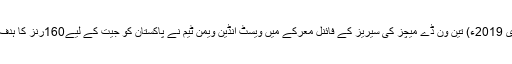
11 فروری 2019ء) تین ون ڈے میچز کی سیریز کے فائنل معرکے میں ویسٹ انڈین ویمن ٹیم نے پاکستان کو جیت کے لیے160رنز کا ہدف دیدیا ہے۔